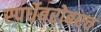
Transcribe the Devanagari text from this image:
स्पर्धेबरोबरच